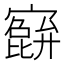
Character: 𫴕